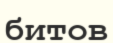
битов